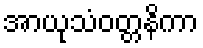
အာယုသံဝတ္တနိကာ